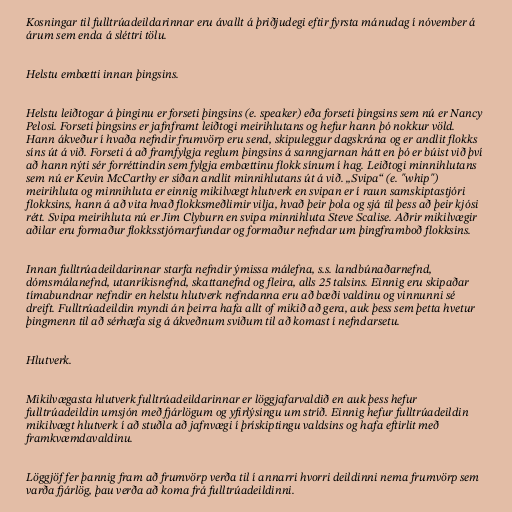
Kosningar til fulltrúadeildarinnar eru ávallt á þriðjudegi eftir fyrsta mánudag í nóvember á
árum sem enda á sléttri tölu.

Helstu embætti innan þingsins.

Helstu leiðtogar á þinginu er forseti þingsins (e. speaker) eða forseti þingsins sem nú er Nancy
Pelosi. Forseti þingsins er jafnframt leiðtogi meirihlutans og hefur hann þó nokkur völd.
Hann ákveður í hvaða nefndir frumvörp eru send, skipuleggur dagskrána og er andlit flokks
síns út á við. Forseti á að framfylgja reglum þingsins á sanngjarnan hátt en þó er búist við því
að hann nýti sér forréttindin sem fylgja embættinu flokk sínum í hag. Leiðtogi minnihlutans
sem nú er Kevin McCarthy er síðan andlit minnihlutans út á við. „Svipa“ (e. "whip")
meirihluta og minnihluta er einnig mikilvægt hlutverk en svipan er í raun samskiptastjóri
flokksins, hann á að vita hvað flokksmeðlimir vilja, hvað þeir þola og sjá til þess að þeir kjósi
rétt. Svipa meirihluta nú er Jim Clyburn en svipa minnihluta Steve Scalise. Aðrir mikilvægir
aðilar eru formaður flokksstjórnarfundar og formaður nefndar um þingframboð flokksins.

Innan fulltrúadeildarinnar starfa nefndir ýmissa málefna, s.s. landbúnaðarnefnd,
dómsmálanefnd, utanríkisnefnd, skattanefnd og fleira, alls 25 talsins. Einnig eru skipaðar
tímabundnar nefndir en helstu hlutverk nefndanna eru að bæði valdinu og vinnunni sé
dreift. Fulltrúadeildin myndi án þeirra hafa allt of mikið að gera, auk þess sem þetta hvetur
þingmenn til að sérhæfa sig á ákveðnum sviðum til að komast í nefndarsetu.

Hlutverk.

Mikilvægasta hlutverk fulltrúadeildarinnar er löggjafarvaldið en auk þess hefur
fulltrúadeildin umsjón með fjárlögum og yfirlýsingu um stríð. Einnig hefur fulltrúadeildin
mikilvægt hlutverk í að stuðla að jafnvægi í þrískiptingu valdsins og hafa eftirlit með
framkvæmdavaldinu.

Löggjöf fer þannig fram að frumvörp verða til í annarri hvorri deildinni nema frumvörp sem
varða fjárlög, þau verða að koma frá fulltrúadeildinni.